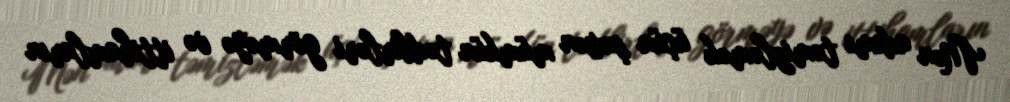
Mən adımı təmizləmək üçün şəxsən mümkün tədbirləri görməyə və ittihamların